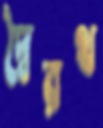
দ্বৈরথ